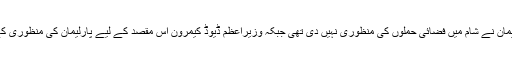
برطانوی پارلیمان نے شام میں فضائی حملوں کی منظوری نہیں دی تھی جبکہ وزیراعظم ڈیوڈ کیمرون اس مقصد کے لیے پارلیمان کی منظوری کے خواہاں ہیں۔